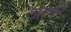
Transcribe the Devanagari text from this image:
आभरें